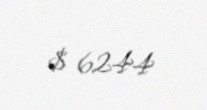
$ 6244